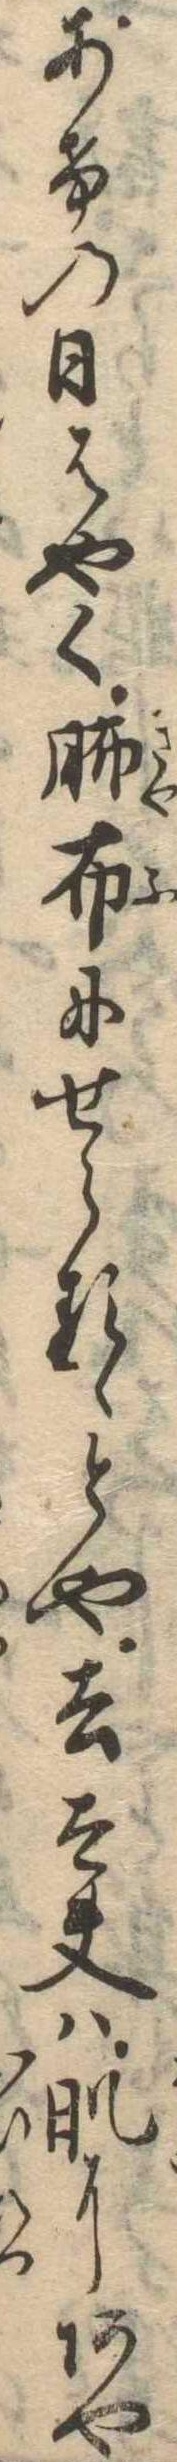
あけの日はやく布にせらるゝとや去太夫は肌にあや